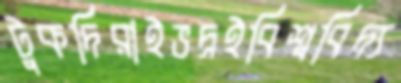
টুকদিরাইভদ্রইবিশ্ববিদ্য